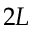
2 L